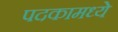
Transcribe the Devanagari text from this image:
पदकामध्ये